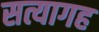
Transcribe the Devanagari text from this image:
सत्यागह